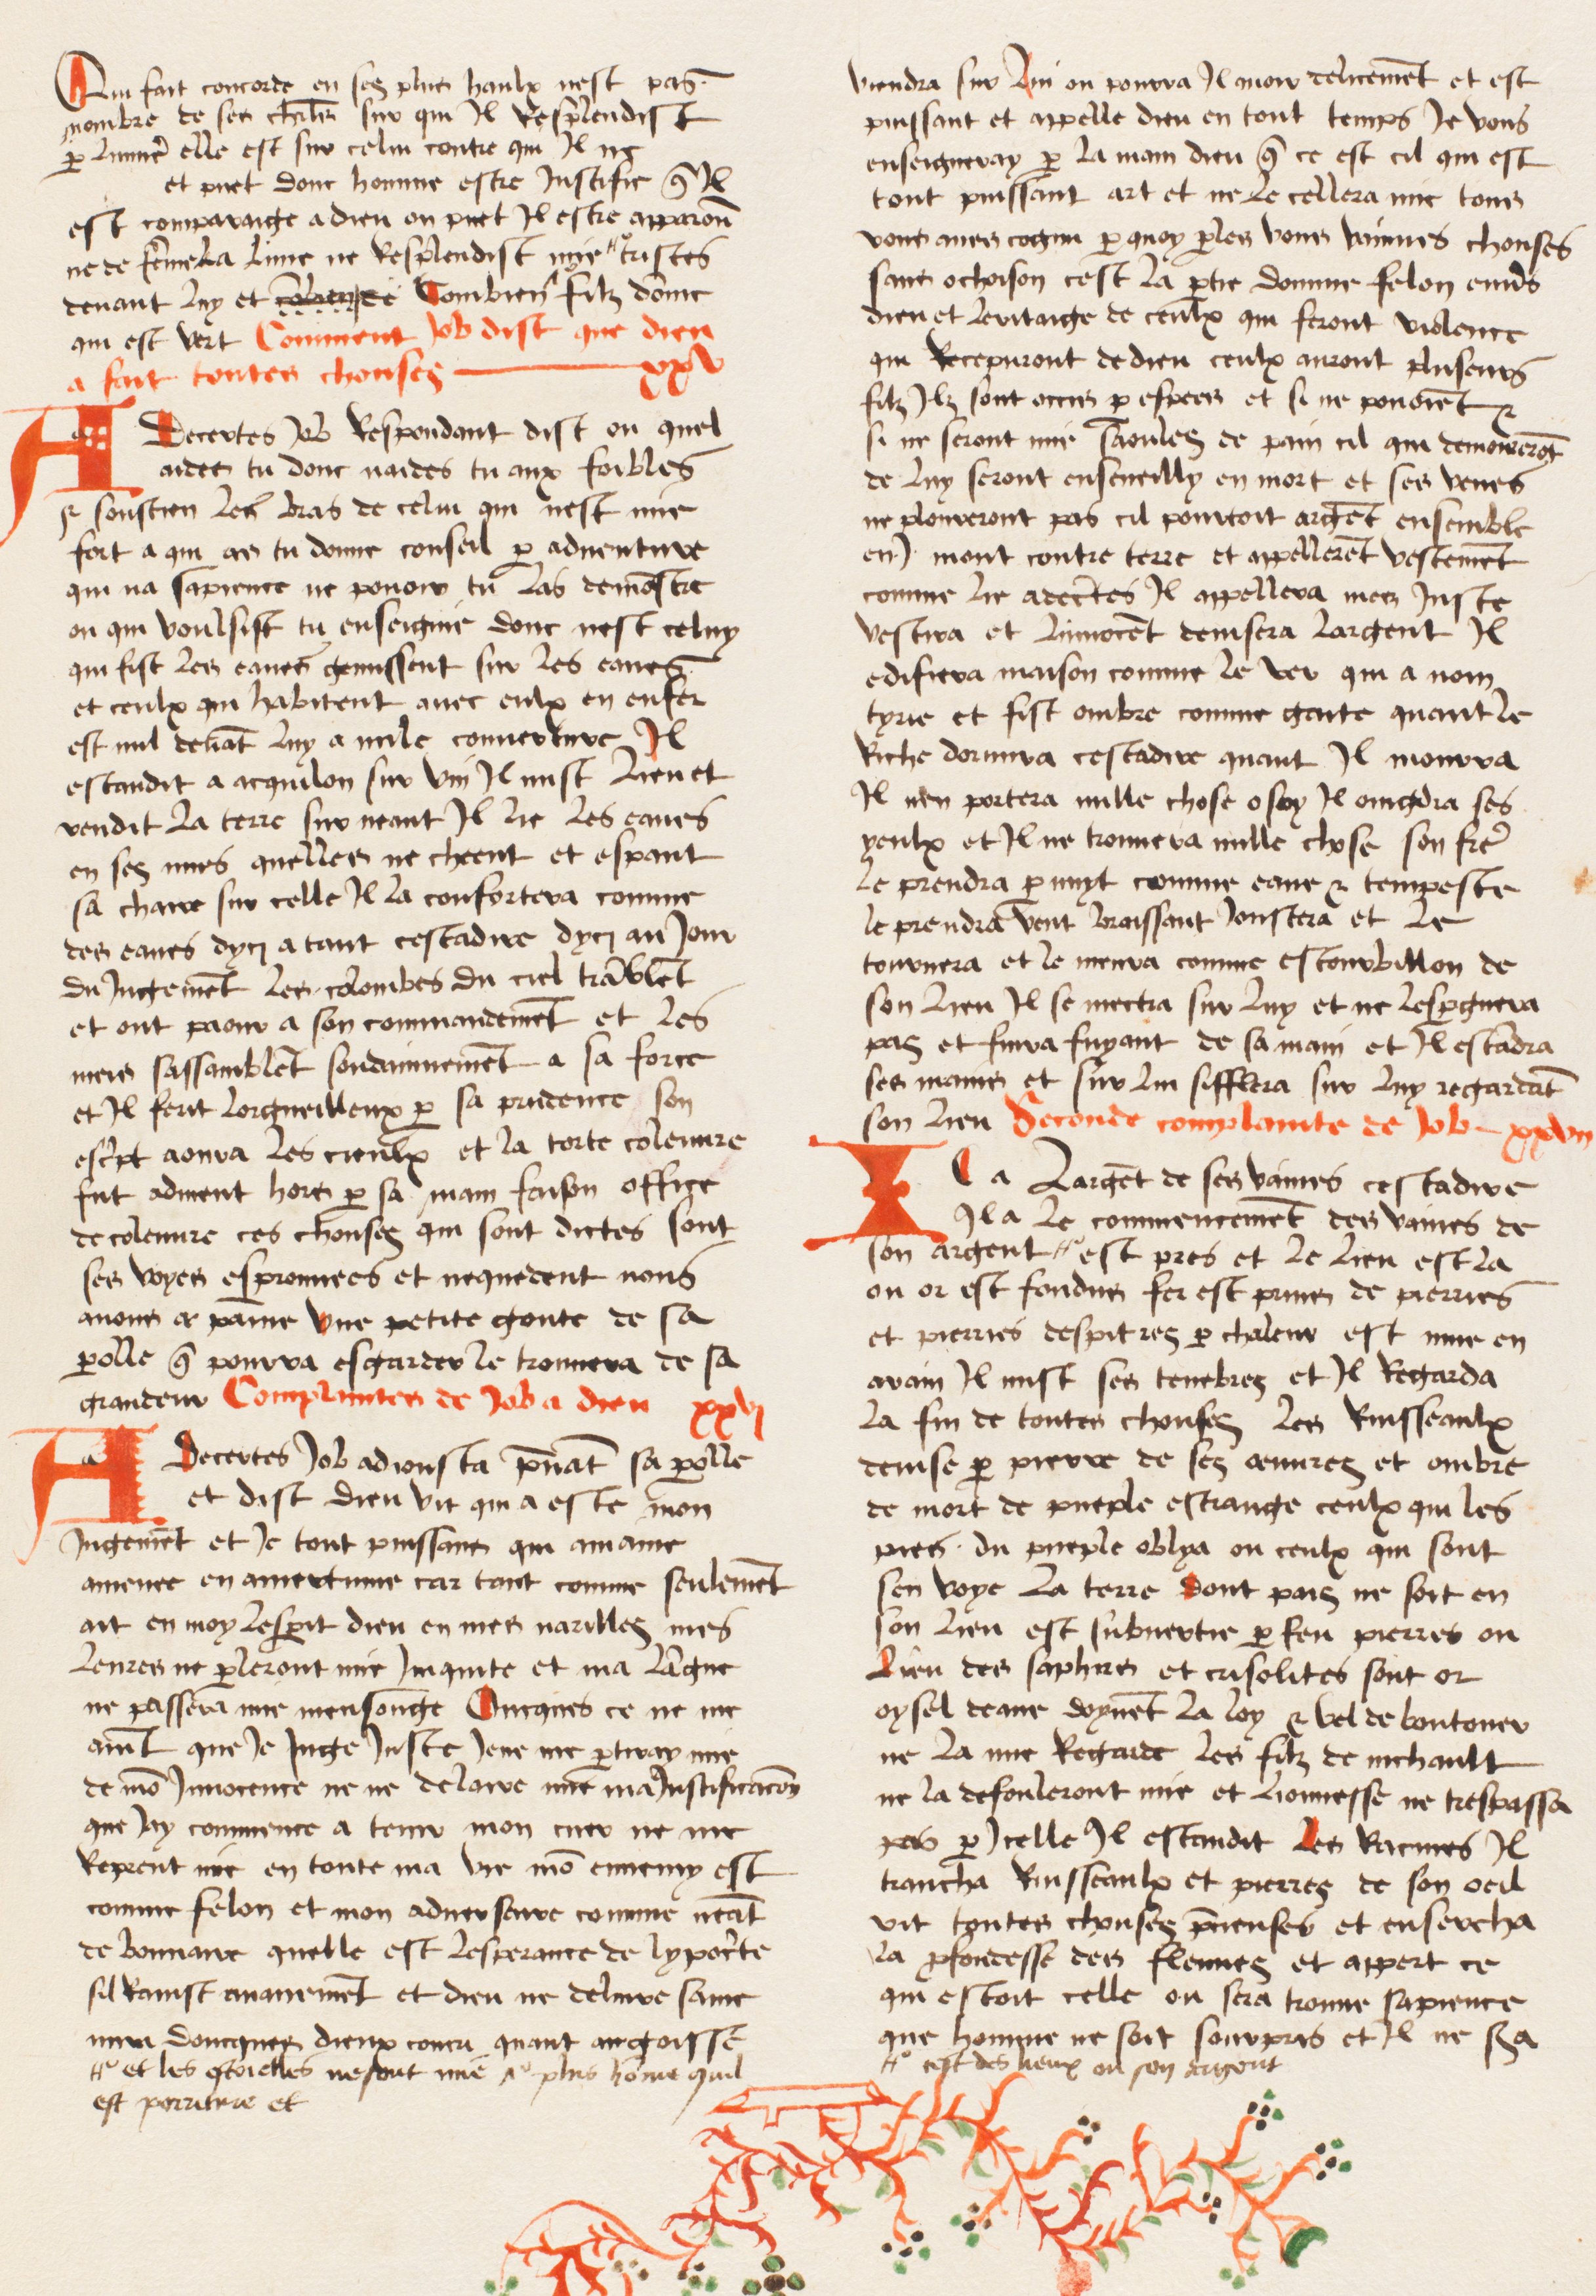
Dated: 1474–1474